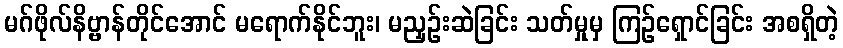
မဂ်ဖိုလ်နိဗ္ဗာန်တိုင်အောင် မရောက်နိုင်ဘူး၊ မညှဉ်းဆဲခြင်း သတ်မှုမှ ကြဉ်ရှောင်ခြင်း အစရှိတဲ့